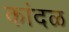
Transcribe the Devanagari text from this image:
कांदळ